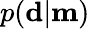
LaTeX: p(\mathbf{d}|\mathbf{m})